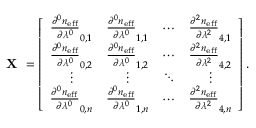
\textbf { X } = \left[ { \begin{array} { c c c c } { \frac { \partial ^ { 0 } n _ { \mathrm { e f f } } } { \partial \lambda ^ { 0 } } _ { 0 , 1 } } & { \frac { \partial ^ { 0 } n _ { \mathrm { e f f } } } { \partial \lambda ^ { 0 } } _ { 1 , 1 } } & { \cdots } & { \frac { \partial ^ { 2 } n _ { \mathrm { e f f } } } { \partial \lambda ^ { 2 } } _ { 4 , 1 } } \\ { \frac { \partial ^ { 0 } n _ { \mathrm { e f f } } } { \partial \lambda ^ { 0 } } _ { 0 , 2 } } & { \frac { \partial ^ { 0 } n _ { \mathrm { e f f } } } { \partial \lambda ^ { 0 } } _ { 1 , 2 } } & { \cdots } & { \frac { \partial ^ { 2 } n _ { \mathrm { e f f } } } { \partial \lambda ^ { 2 } } _ { 4 , 2 } } \\ { \vdots } & { \vdots } & { \ddots } & { \vdots } \\ { \frac { \partial ^ { 0 } n _ { \mathrm { e f f } } } { \partial \lambda ^ { 0 } } _ { 0 , n } } & { \frac { \partial ^ { 0 } n _ { \mathrm { e f f } } } { \partial \lambda ^ { 0 } } _ { 1 , n } } & { \cdots } & { \frac { \partial ^ { 2 } n _ { \mathrm { e f f } } } { \partial \lambda ^ { 2 } } _ { 4 , n } } \end{array} } \right] .